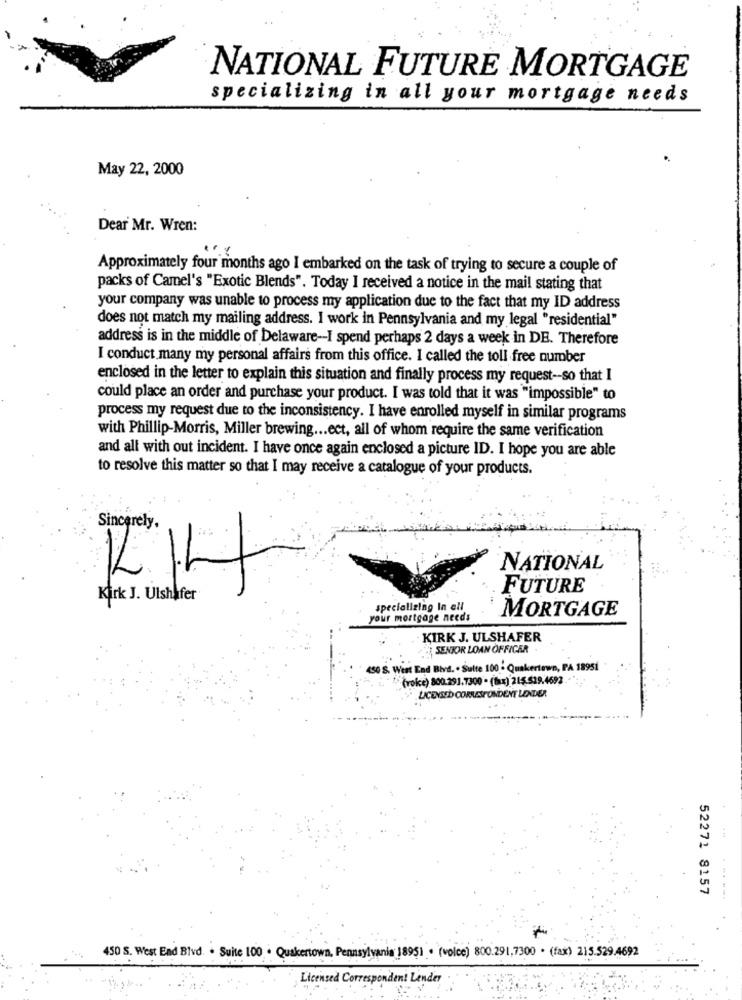
NATIONAL FUTURE MORTGAGE
specializing in all your mortgage needs
May 22, 2000
Dear Mr. Wren:
...
Approximately four months ago I embarked on the task of trying to secure a couple of
packs of Camel's "Exotic Blends". Today I received a notice in the mail stating that
your company was unable to process my application due to the fact that my ID address
does not match my mailing address. I work in Pennsylvania and my legal "residential"
address is in the middle of Delaware -- I spend perhaps 2 days a week in DE. Therefore
I conduct many my personal affairs from this office. I called the toll free number
enclosed in the letter to explain this situation and finally process my request -- so that I
could place an order and purchase your product. I was told that it was "impossible" to
process my request due to the inconsistency. I have enrolled myself in similar programs
with Phillip-Morris, Miller brewing ... ect, all of whom require the same verification
and all with out incident. I have once again enclosed a picture ID. I hope you are able
to resolve this matter so that I may receive a catalogue of your products.
Sincerely,
NATIONAL
FUTURE
Kirk J. Ulshafer
specializing In ell
MORTGAGE
your mortgage needs
KIRK J. ULSHAFER
SENIOR LOAN OFFICER
450 S. West End Blvd. . Sulte 100 - Quakertown, PA 18951
(roke) 800.291.7300 . (tax) 215.519.4692 .- "
LICENSED CORRESPONDENT LENDER
52271 8157
... ...
450 S. West End Blvd. · Suite 100 · Quakertown, Pennsylvania 1895) . (voice) 800.291,7300 . (fax) 215.529.4692
Licensed Correspondent Lender